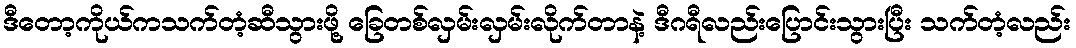
ဒီတော့ကိုယ်ကသက်တံ့ဆီသွားဖို့ ခြေတစ်လှမ်းလှမ်းလိုက်တာနဲ့ ဒီဂရီလည်းပြောင်းသွားပြီး သက်တံ့လည်း